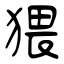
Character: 猥